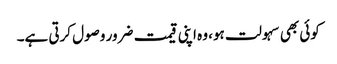
کوئی بھی سہولت ہو، وہ اپنی قیمت ضرور وصول کرتی ہے۔